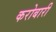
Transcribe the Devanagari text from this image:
करोबारी